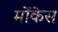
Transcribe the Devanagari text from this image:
मोंकेस